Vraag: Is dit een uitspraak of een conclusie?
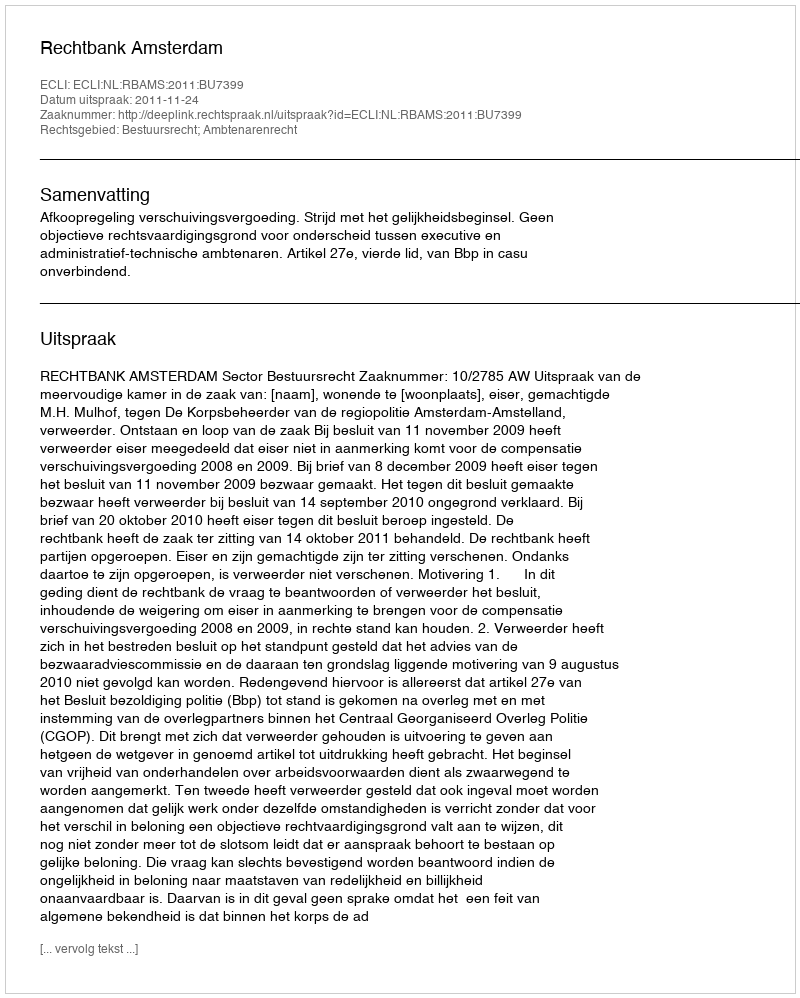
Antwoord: Uitspraak